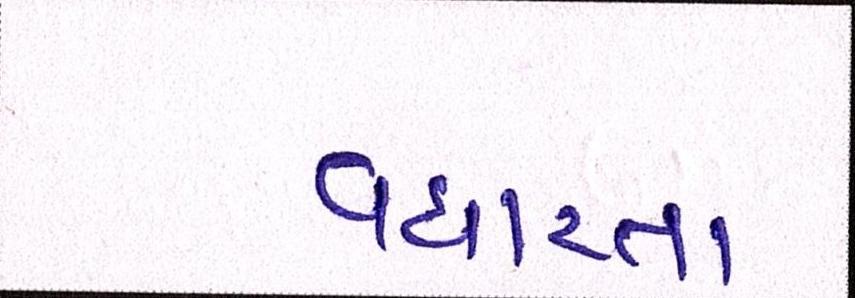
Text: વધારતા